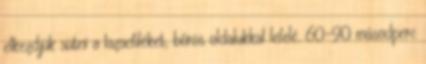
elkezdjük sütni a lazacfiléket, bőrös oldalukkal lefelé. 60-90 másodperc